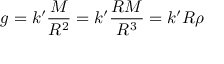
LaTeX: g = k ^ { \prime } { \frac { M } { R ^ { 2 } } } = k ^ { \prime } { \frac { R M } { R ^ { 3 } } } = k ^ { \prime } R \rho